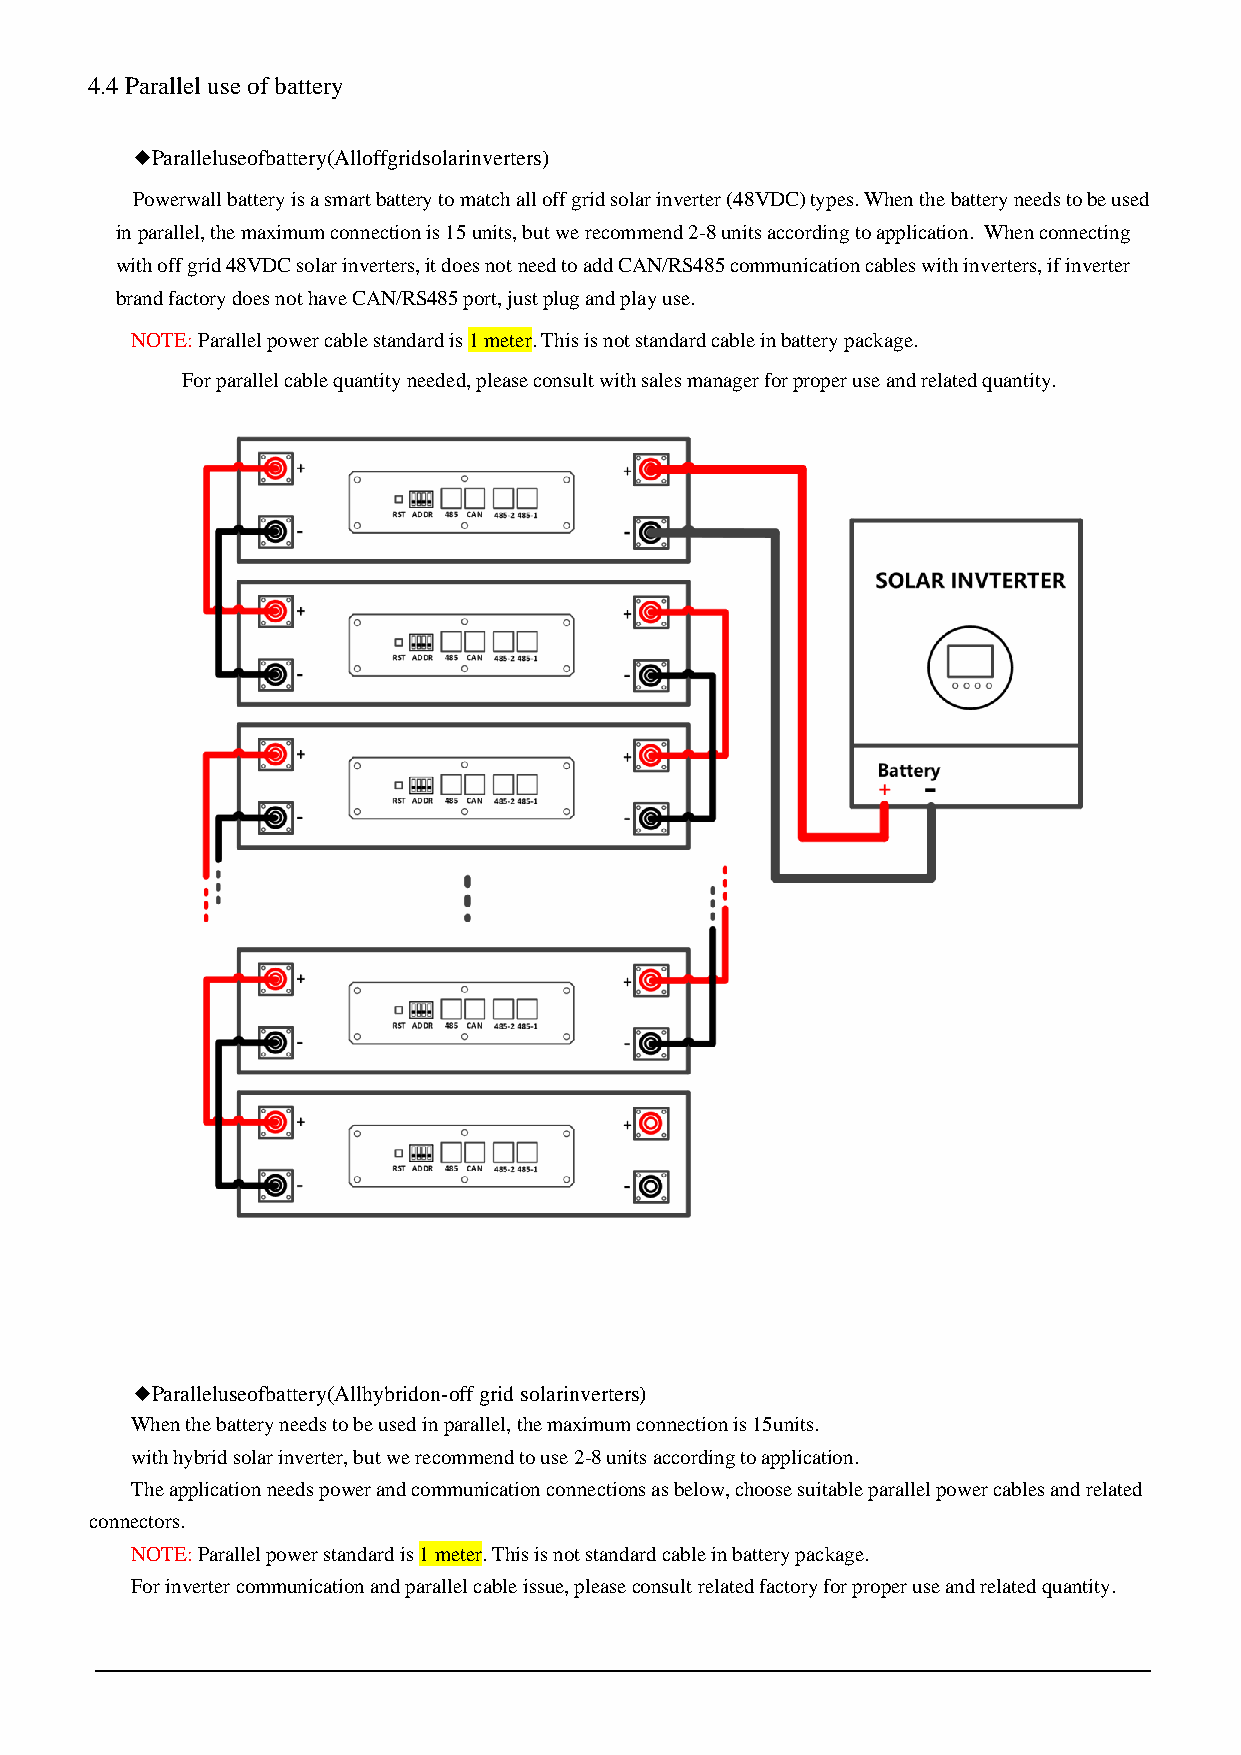
4.4 Parallel use of battery
 ◆Paralleluseofbattery(Alloffgridsolarinverters)
 Powerwall battery is a smart battery to match all off grid solar inverter (48VDC) types. When the battery needs to be used
 in parallel, the maximum connection is 15 units, but we recommend 2-8 units according to application. When connecting
 with off grid 48VDC solar inverters, it does not need to add CAN/RS485 communication cables with inverters, if inverter
 brand factory does not have CAN/RS485 port, just plug and play use.
 NOTE: Parallel power cable standard is 1 meter. This is not standard cable in battery package.
 For parallel cable quantity needed, please consult with sales manager for proper use and related quantity.
 ◆Paralleluseofbattery(Allhybridon-off grid solarinverters)
 When the battery needs to be used in parallel, the maximum connection is 15units.
 with hybrid solar inverter, but we recommend to use 2-8 units according to application.
 The application needs power and communication connections as below, choose suitable parallel power cables and related
 connectors.
 NOTE: Parallel power standard is 1 meter. This is not standard cable in battery package.
 For inverter communication and parallel cable issue, please consult related factory for proper use and related quantity.